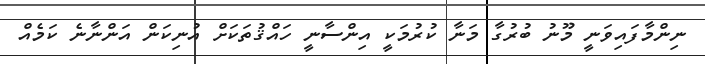
ނިންމާފައިވަނީ މޫނު ބުރުގާ މަނާ ކުރުމަކީ އިންސާނީ ހައްޤުތަކަށް އުނިކަން އަންނާނެ ކަމެއް